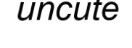
uncute